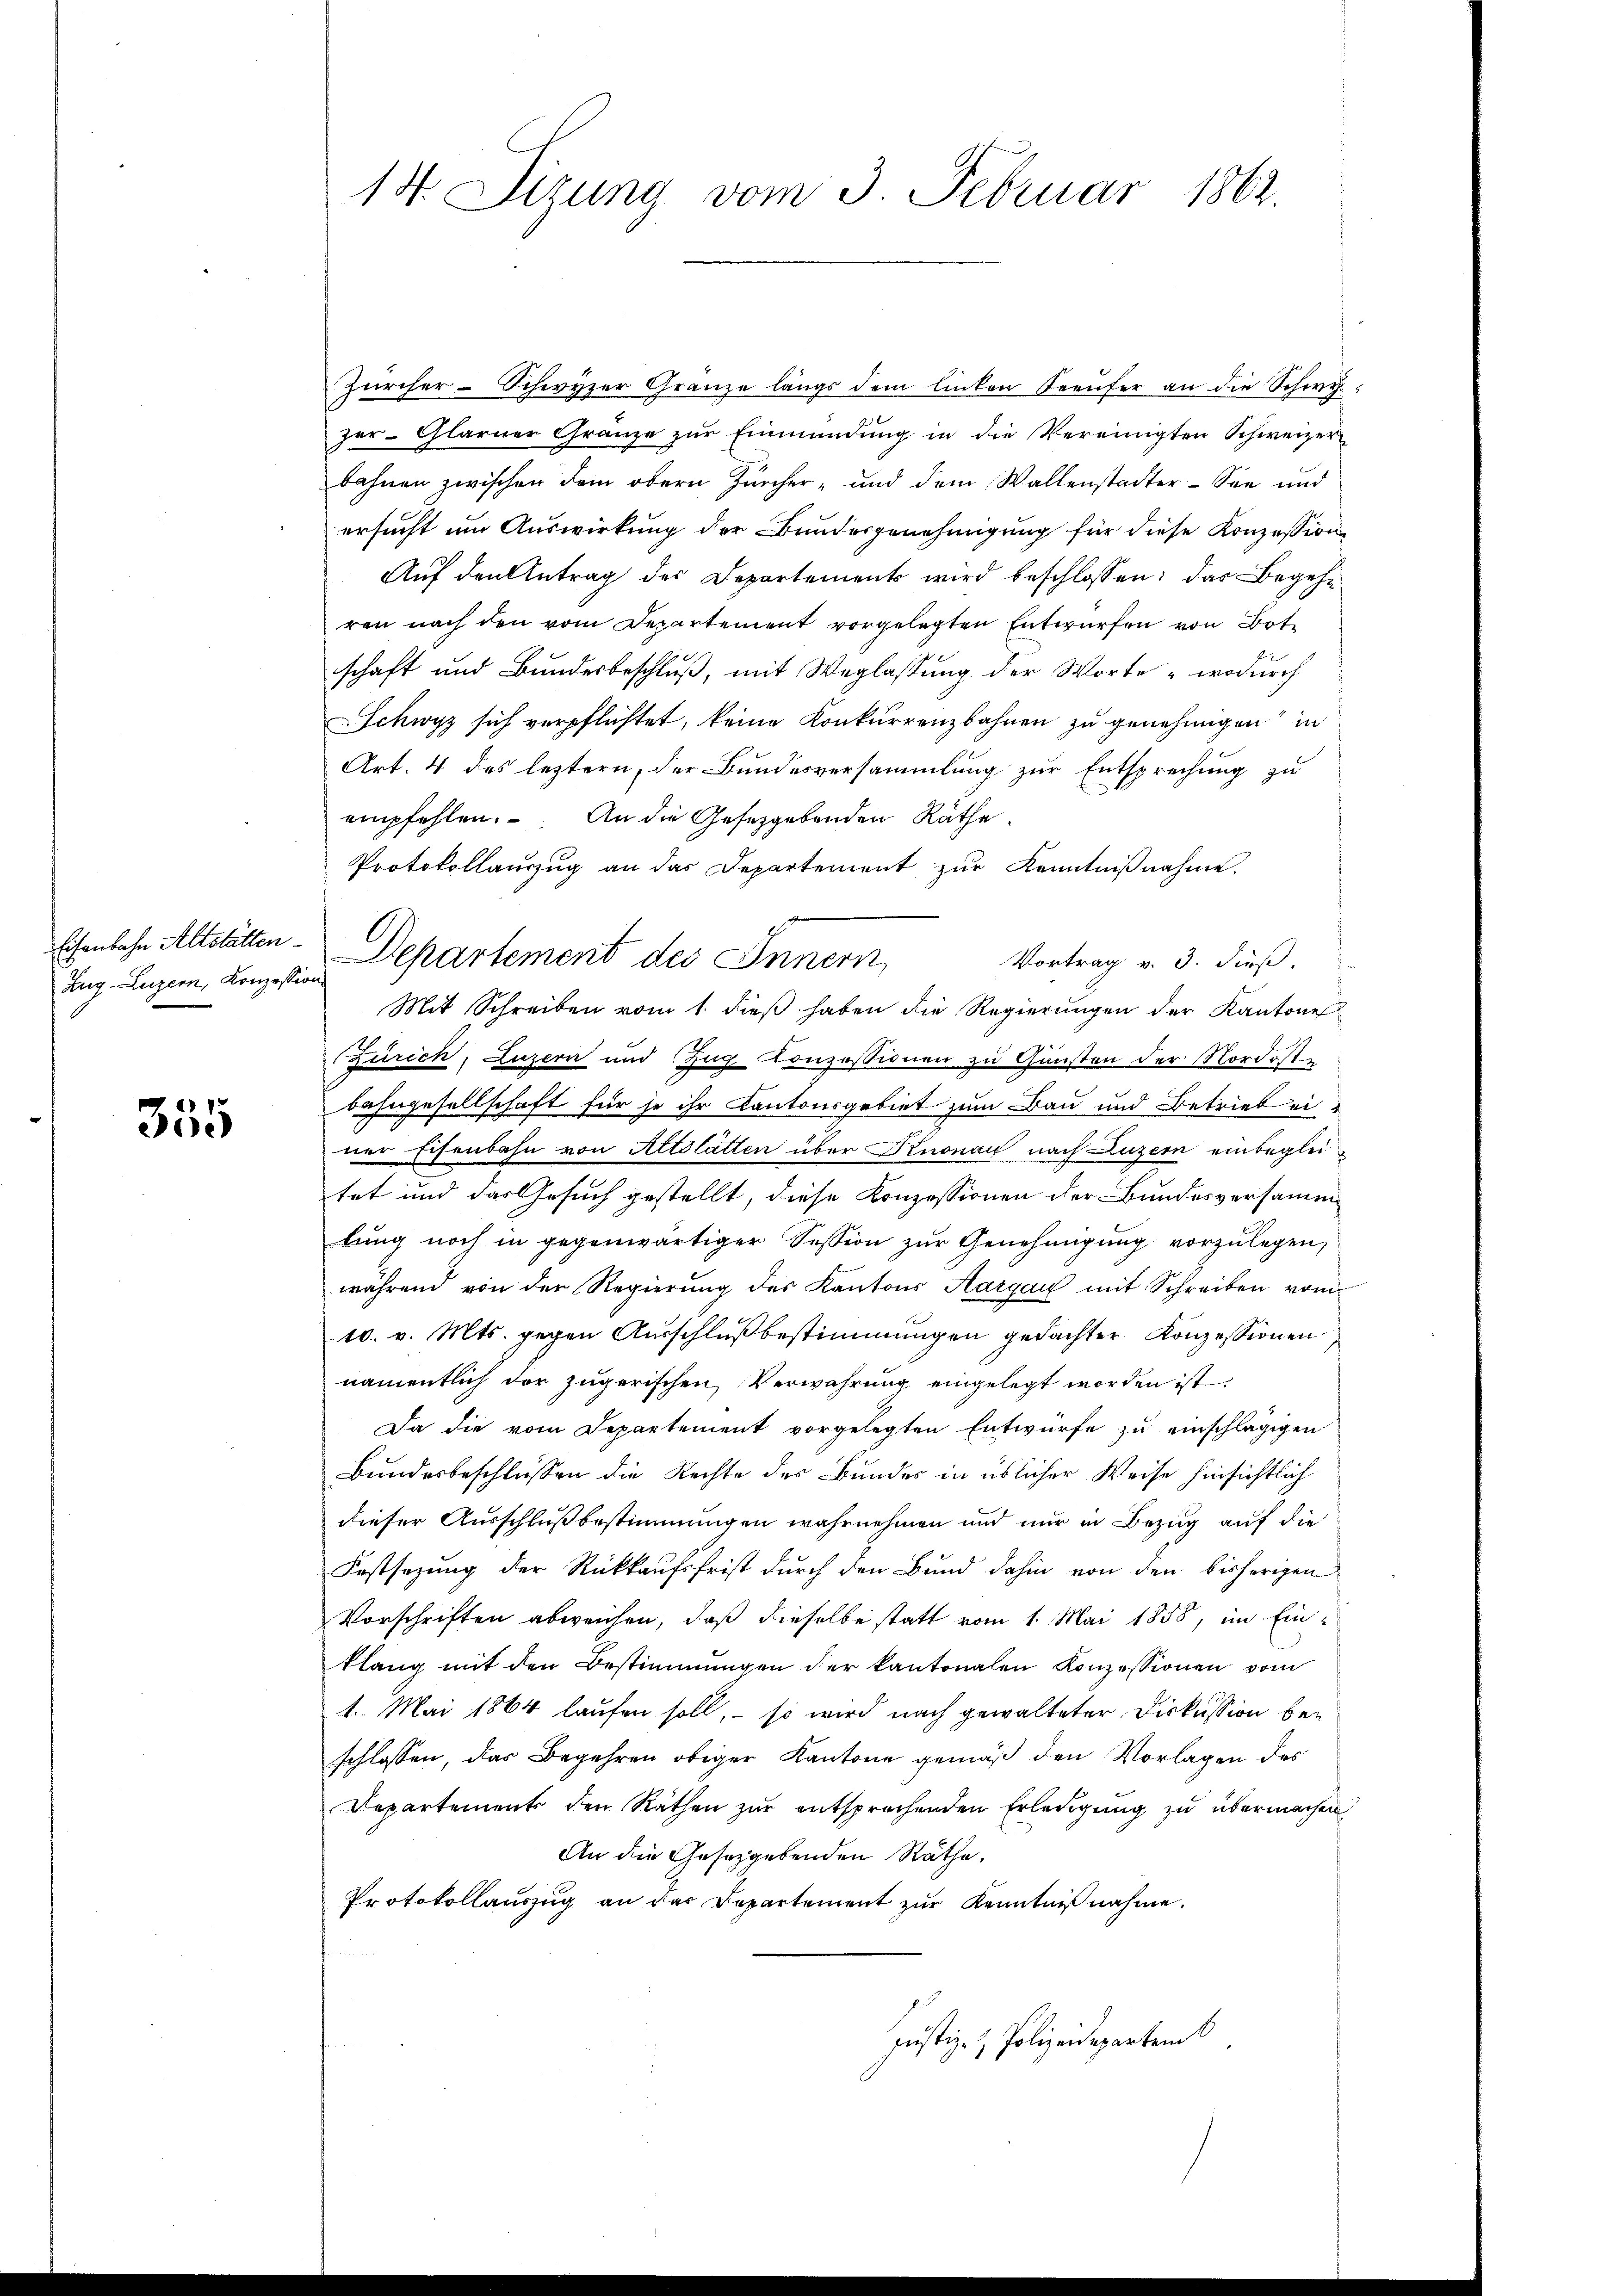
Zug–Luzern, Konzession

355

14. Sizung vom 3. Februar 1862.

Zürcher-Schwyzer Granze längs dem linken Seeufer an die Schwyzer-Glarner Gränze zur Einmündung in die Vereinigten Schweizerbahnen zwischen dem obern Zürcher- und dem Wallenstadter-See und
ersucht um Auswirkung der Bundesgenehmigung für diese Konzession
Auf den Antrag des Departement wird beschlossen: das Begehren nach den vom Departement vorgelegten Entwürfen von Bote
schaft und Bundesbeschluß, mit Weglassung der Worte wodurch
Schwyz sich verpflichtet, keine Konkurrenzbahnen zu genehmigen in
Art. 4 des leztern, der Bundesversammlung zur Entsprechung zu
empfehlen. An die Gesetzgebenden Räthe.
Protokollaŭszŭg an das Departement zŭr Kenntniβnahme.
Ehenlohn Altstätten. Departement des Innern,
Vortrag v. 3. dieß.
Mit Schreiben vom 1. dieβ haben die Regierungen der Kantone
Zürich, Luzern und Zug Konzessionen zu Gunsten der Nordostbahngesellschaft für je ihr Kantonsgebiet zum Bau und Betrieb einer Eisenbahn von Altstatten über Knonau nach Luzern einbegleitet und das Gesuch gestellt, diese Konzessionen der Bundesversammlung noch in gegenwärtiger Session zur Genehmigung vorzulegen,
während von der Regierung des Kantons Aargau mit Schreiben vom
10. v. Mts. gegen Ausschlußbestimmungen gedachter Konzessionen
namentlich der zugerischen Verwahrung eingelegt worden ist
Da die vom Departement vorgelegten Entwurfe zu einschlägigen
Bundesbeschlüssen die Rechte des Bundes in üblicher Weise hinsichtlich
dieser Ausschlußbestimmungen wahrnehmen und nur in Bezug auf die
Festsezung der Rückkaufsfrist durch den Bund dahin von den bisherigen
Vorschriften abweichen, daß dieselbe statt vom 1. Mai 1858, im Einklang mit den Bestimmungen der kantonalen Konzessionen vom
1. Mai 1864 laufen soll, – so wird nach gewalteter Diskussion bei
schlossen, das Begehren obiger Kantone gemäß den Vorlagen des
Departements den Räthen zur entsprechenden Erledigung zu übermachen,
An die Gesetzgebenden Räthe.
Protokollauszug an der Departement zur Kenntnißnahme.
Justiz- & Polizeidepartemb